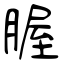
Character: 腛